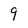
Character: 9